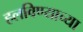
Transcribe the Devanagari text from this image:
हलविण्याच्या